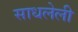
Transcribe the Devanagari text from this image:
साधलेली